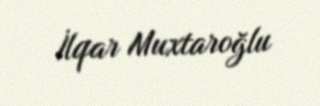
İlqar Muxtaroğlu